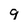
Character: 9